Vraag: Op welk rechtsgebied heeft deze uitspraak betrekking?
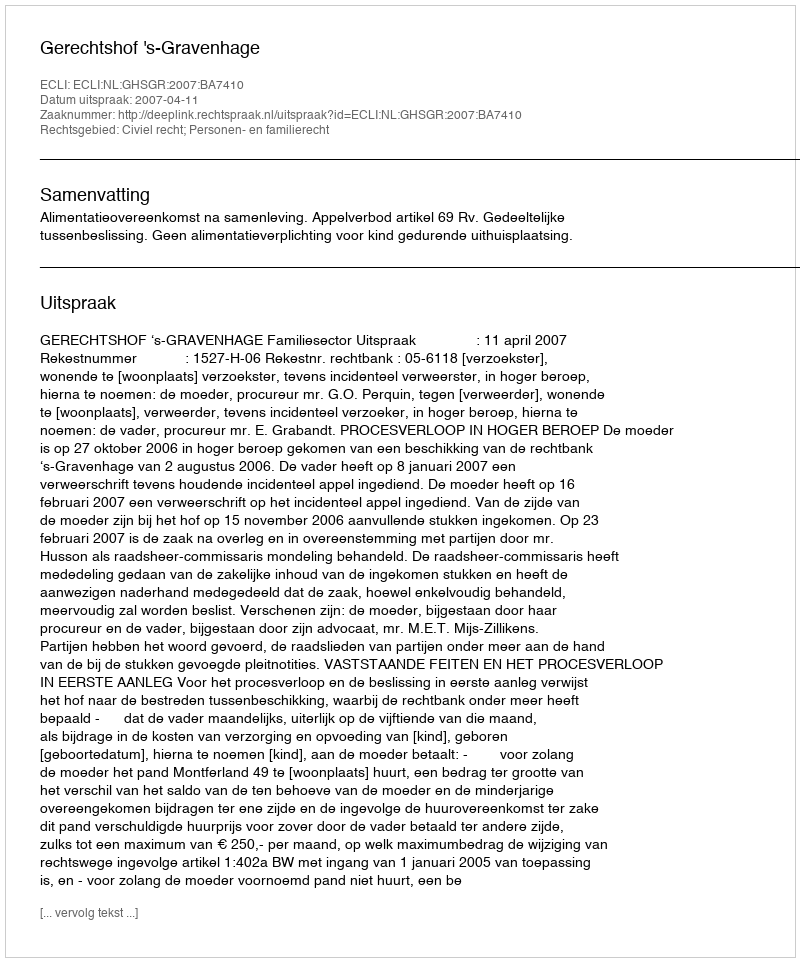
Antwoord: Civiel recht; Personen- en familierecht